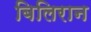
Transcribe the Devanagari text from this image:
बिलिरान